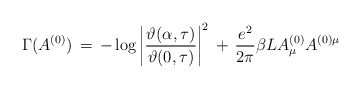
\begin{align*}\Gamma ( A^{(0)}) \,=\, - \log \left|\frac{\vartheta (\alpha , \tau)}{ \vartheta (0,\tau)}\right|^2 \,+\, \frac{e^2}{2\pi}\beta L{ A}^{(0)}_\mu { A}^{(0) \mu}\end{align*}